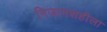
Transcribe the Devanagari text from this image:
निजामशहीला